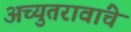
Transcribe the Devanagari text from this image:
अच्युतरावांचे